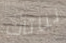
نباتات